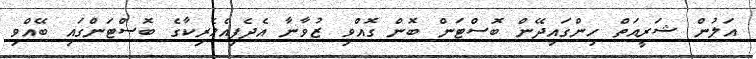
އަަލުން ޝަރީއަތް ހިންގައިދޭން ބޮސްޓަން ބޮން ގޮއްވި ޒުވާނާ އެދެފިއެމެރިކާގެ ބޮސްޓަންގައި ބޭއްވި